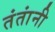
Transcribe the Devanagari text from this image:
तंतांनी